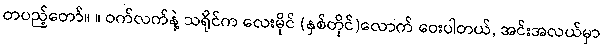
တပည့်တော်။ ။ ဝက်လက်နဲ့ သရိုင်က လေးမိုင် (နှစ်တိုင်)လောက် ဝေးပါတယ်, အင်းအလယ်မှာ